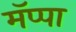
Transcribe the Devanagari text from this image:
मॅप्पा